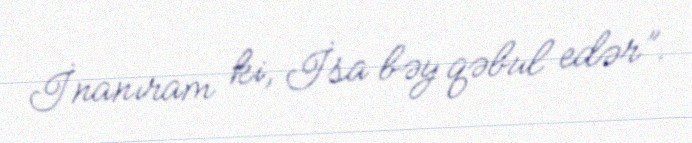
İnanıram ki, İsa bəy qəbul edər”.